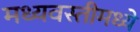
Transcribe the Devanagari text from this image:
मध्यवस्तीमध्ये